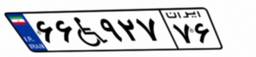
۷۶W۰۶۹۷۰